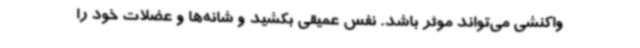
واکنشی می‌تواند موثر باشد. نفس عمیقی بکشید و شانه‌ها و عضلات خود را